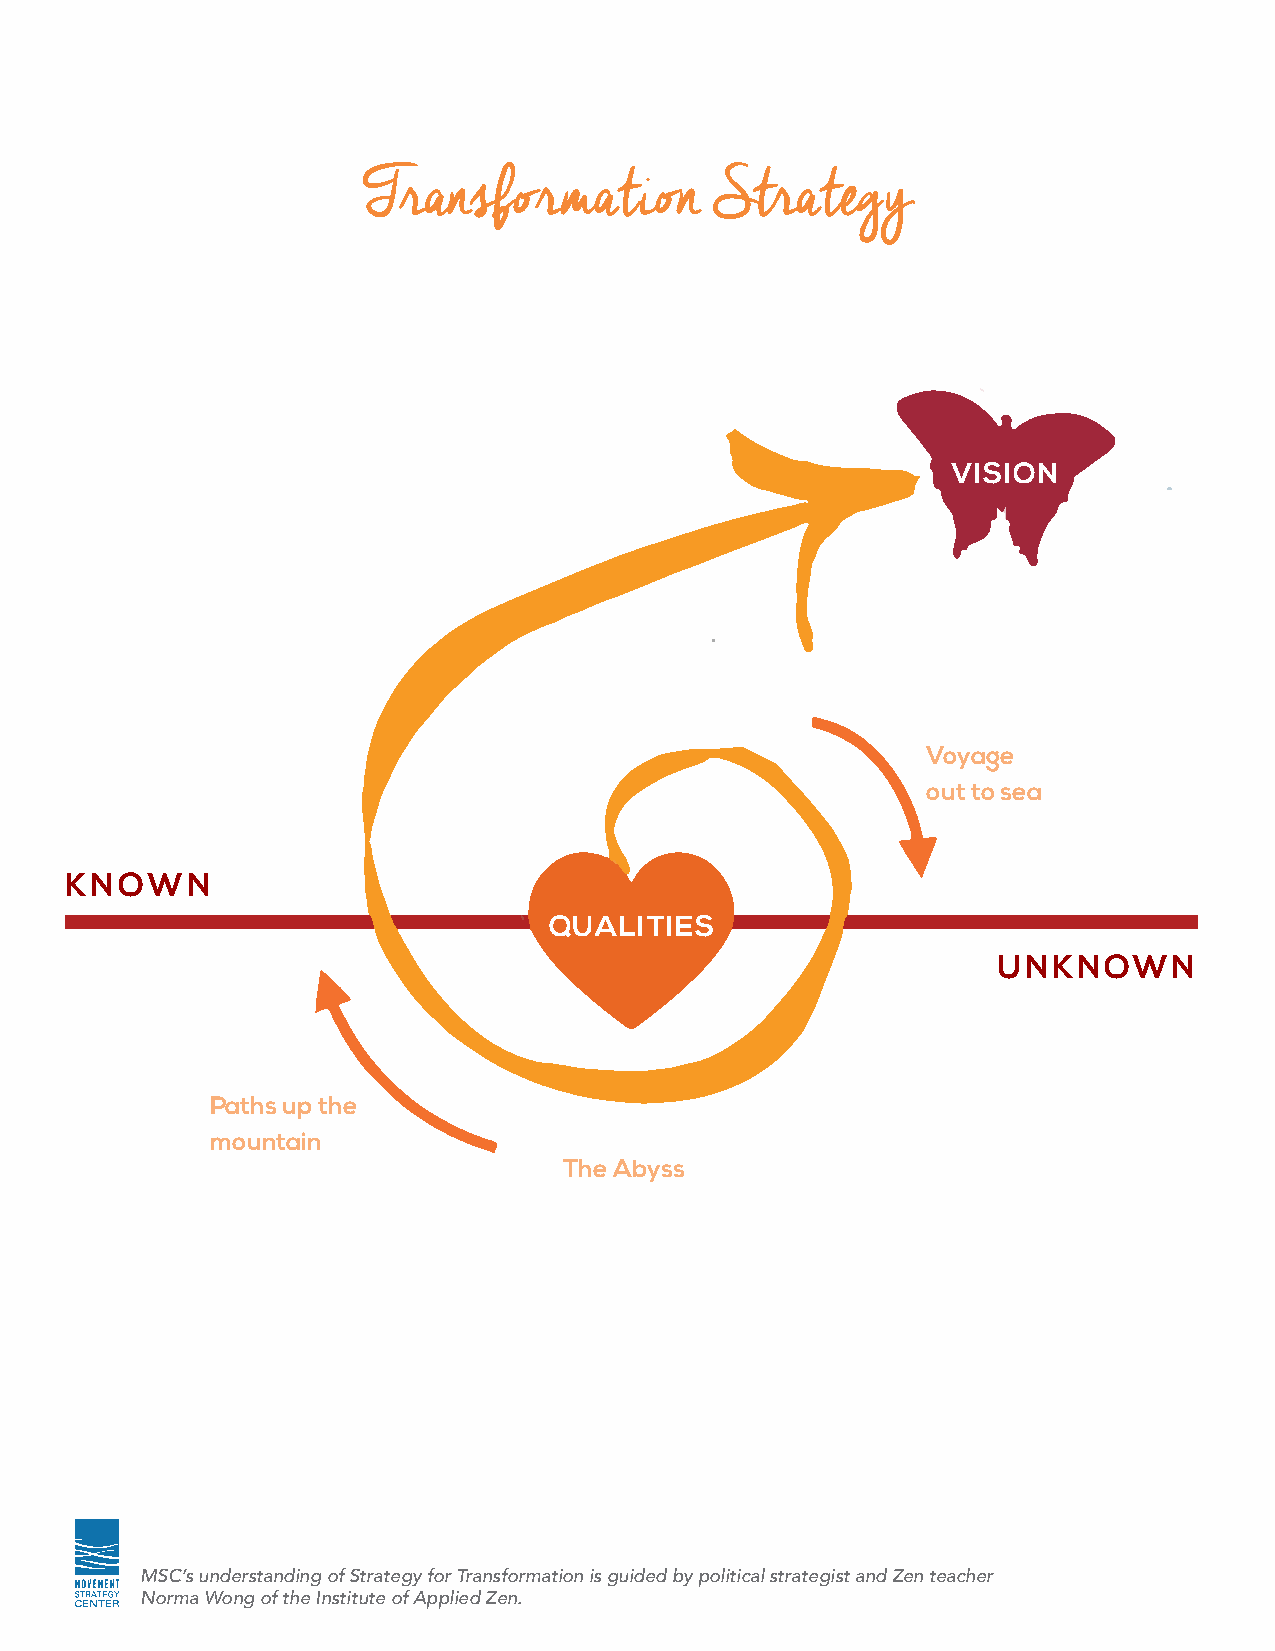
Transformation         Strategy
 VISION
 Voyage
 out to sea
 KNOWN
 QUALITIES
 UNKNOWN
 Paths up the
 mountain
 The Abyss
 MSC’s understanding of Strategy for Transformation is guided by political strategist and Zen teacher
 Norma Wong of the Institute of Applied Zen.